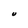
Character: U